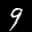
Label: 9